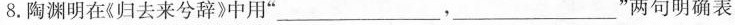
8.陶渊明在《归去来兮辞》中用”___，___”两句明确表